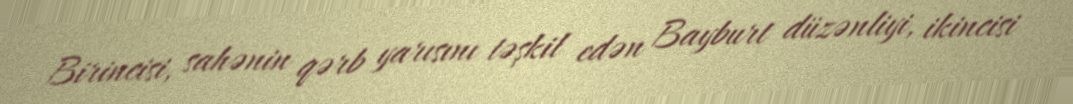
Birincisi, sahənin qərb yarısını təşkil edən Bayburt düzənliyi, ikincisi